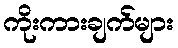
ကိုးကားချက်များ